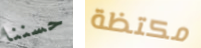
حسننا مكتظة